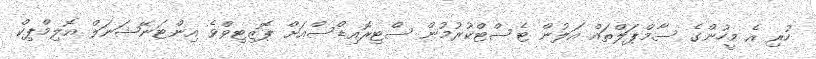
ހުރި އެ މީހުންގެ ސާމްޕަލްތައް އަލުން ޓެސްޓްކުރުމުން ސްޓިރޮއިޑްސްއަށް ޕޮޒިޓިވްވެ އިންޓަނޭޝަނަލް އޮލިމްޕިކް